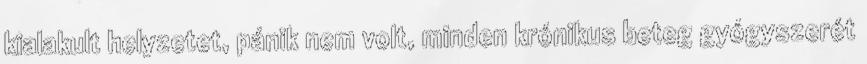
kialakult helyzetet, pánik nem volt, minden krónikus beteg gyógyszerét